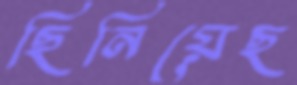
ছিনিয়েছ